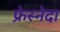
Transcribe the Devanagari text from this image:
फ्रेस्नेदा